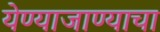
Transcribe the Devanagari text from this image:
येण्याजाण्याचा